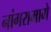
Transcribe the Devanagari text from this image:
नांगरामागे